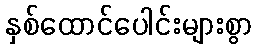
နှစ်ထောင်ပေါင်းများစွာ